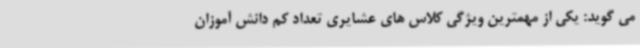
می گوید: یکی از مهمترین ویژگی کلاس های عشایری تعداد کم دانش آموزان